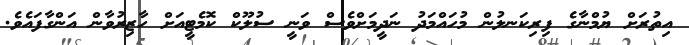
އިތުރަށް ޔުމްނާގެ ފިރިކަނލުން މުހައްމަދު ނަދީމަށްވެސް ވަނީ ސުލޫކް ކޮމެޓީއަށް ހާޒިރުވާން އަންގާފައެވެ.